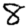
Digit: 8